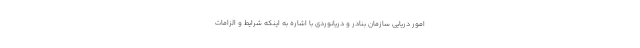
امور دریایی سازمان بنادر و دریانوردی با اشاره به اینکه شرایط و الزامات